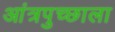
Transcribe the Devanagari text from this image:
आंत्रपुच्छाला